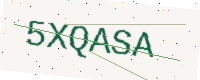
Text: 5XQASA